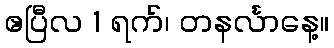
ဧပြီလ 1 ရက်၊ တနင်္လာနေ့။